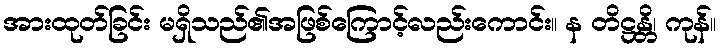
အားထုတ်ခြင်း မရှိသည်၏အဖြစ်ကြောင့်လည်းကောင်း။ န တိဋ္ဌန္တိ၊ ကုန်။